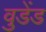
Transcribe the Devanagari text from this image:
वुडेंड